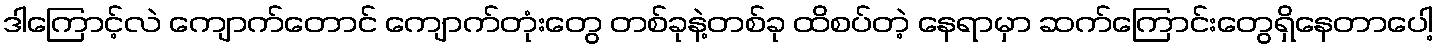
ဒါကြောင့်လဲ ကျောက်တောင် ကျောက်တုံးတွေ တစ်ခုနဲ့တစ်ခု ထိစပ်တဲ့ နေရာမှာ ဆက်ကြောင်းတွေရှိနေတာပေါ့